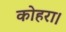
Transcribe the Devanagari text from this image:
कोहरा।